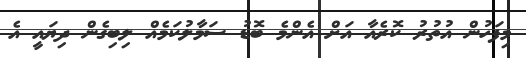
މިފަހުން އުތުރު ކޮރެއާ އަށް އެންމެ ބޮޑު ސަމާލުކަމެއް ލިބިގެން ދިޔައީ އެ